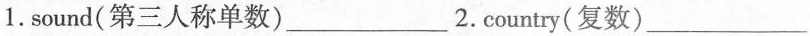
1.sound(第三人称单数)___2.Country(复数) ___3. collect(动名词) _4.let's(完全形式) _5.stop(过去式)___ 6. take(-ing 形式)__ 7.Japan(形容词) _8.dance(-ing 形式)__ 9.those(对应词) _10.east(对应词)__ 11.knife(复数) _12.luck(形容词) _13. difficult(反义词)_ 14.Child(复数)__ 15. building(动词)__ 16. America(形容词) _